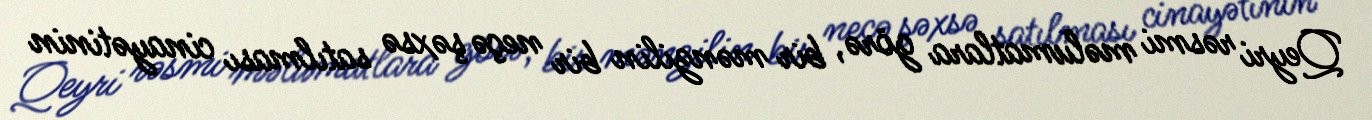
Qeyri rəsmi məlumatlara görə, bir mənzilin bir neçə şəxsə satılması cinayətinin